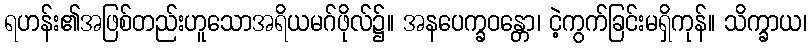
ရဟန်း၏အဖြစ်တည်းဟူသောအရိယမဂ်ဖိုလ်၌။ အနပေက္ခဝန္တော၊ ငဲ့ကွက်ခြင်းမရှိကုန်။ သိက္ခာယ၊